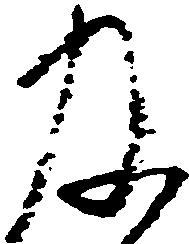
及